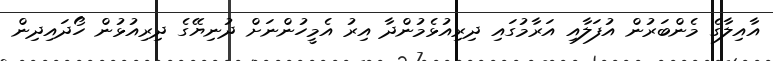
އާއިލާގެ މެންބަރުން އުފަލާއި އަރާމުގައި ދިރިއުޅެމުންދާ އިރު އެމީހުންނަށް ދުނިޔޭގެ ދިރިއުޅުން ހޯދައިދިން